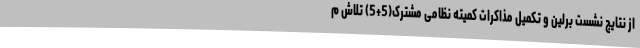
از نتایج نشست برلین و تکمیل مذاکرات کمیته نظامی مشترک(5+5) تلاش م